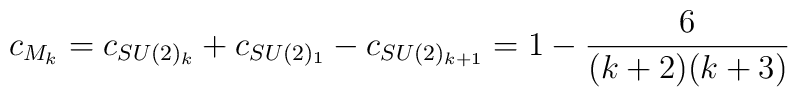
c_{M_{k}} = c_{SU(2)_k}+c_{SU(2)_1}-c_{SU(2)_{k+1}} = 1 -\frac{6}{(k+2)(k+3)}